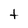
Character: t